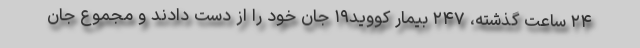
۲۴ ساعت گذشته، ۲۴۷ بیمار کووید۱۹ جان خود را از دست دادند و مجموع جان